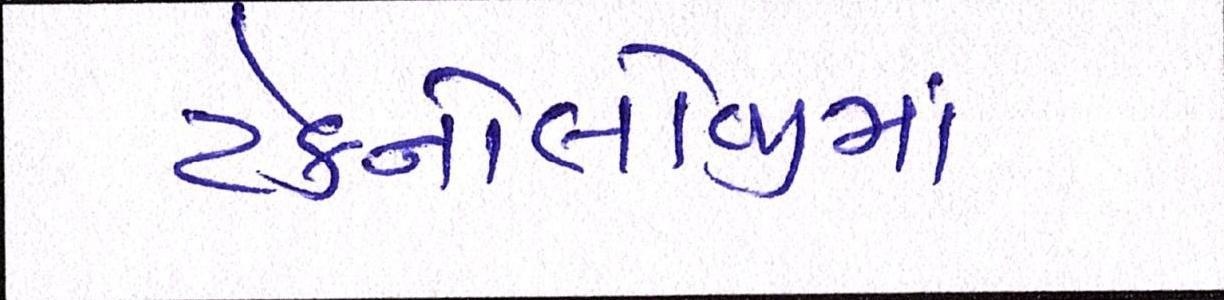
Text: ટેક્નોલોજીમાં